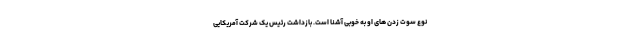
نوع سوت زدن های او به خوبی آشنا است. بازداشت رئیس یک شرکت آمریکایی